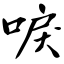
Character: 唳